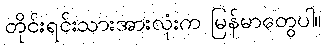
တိုင်းရင်းသားအားလုံးက မြန်မာတွေပါ။